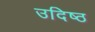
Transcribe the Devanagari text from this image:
उदिष्ठ